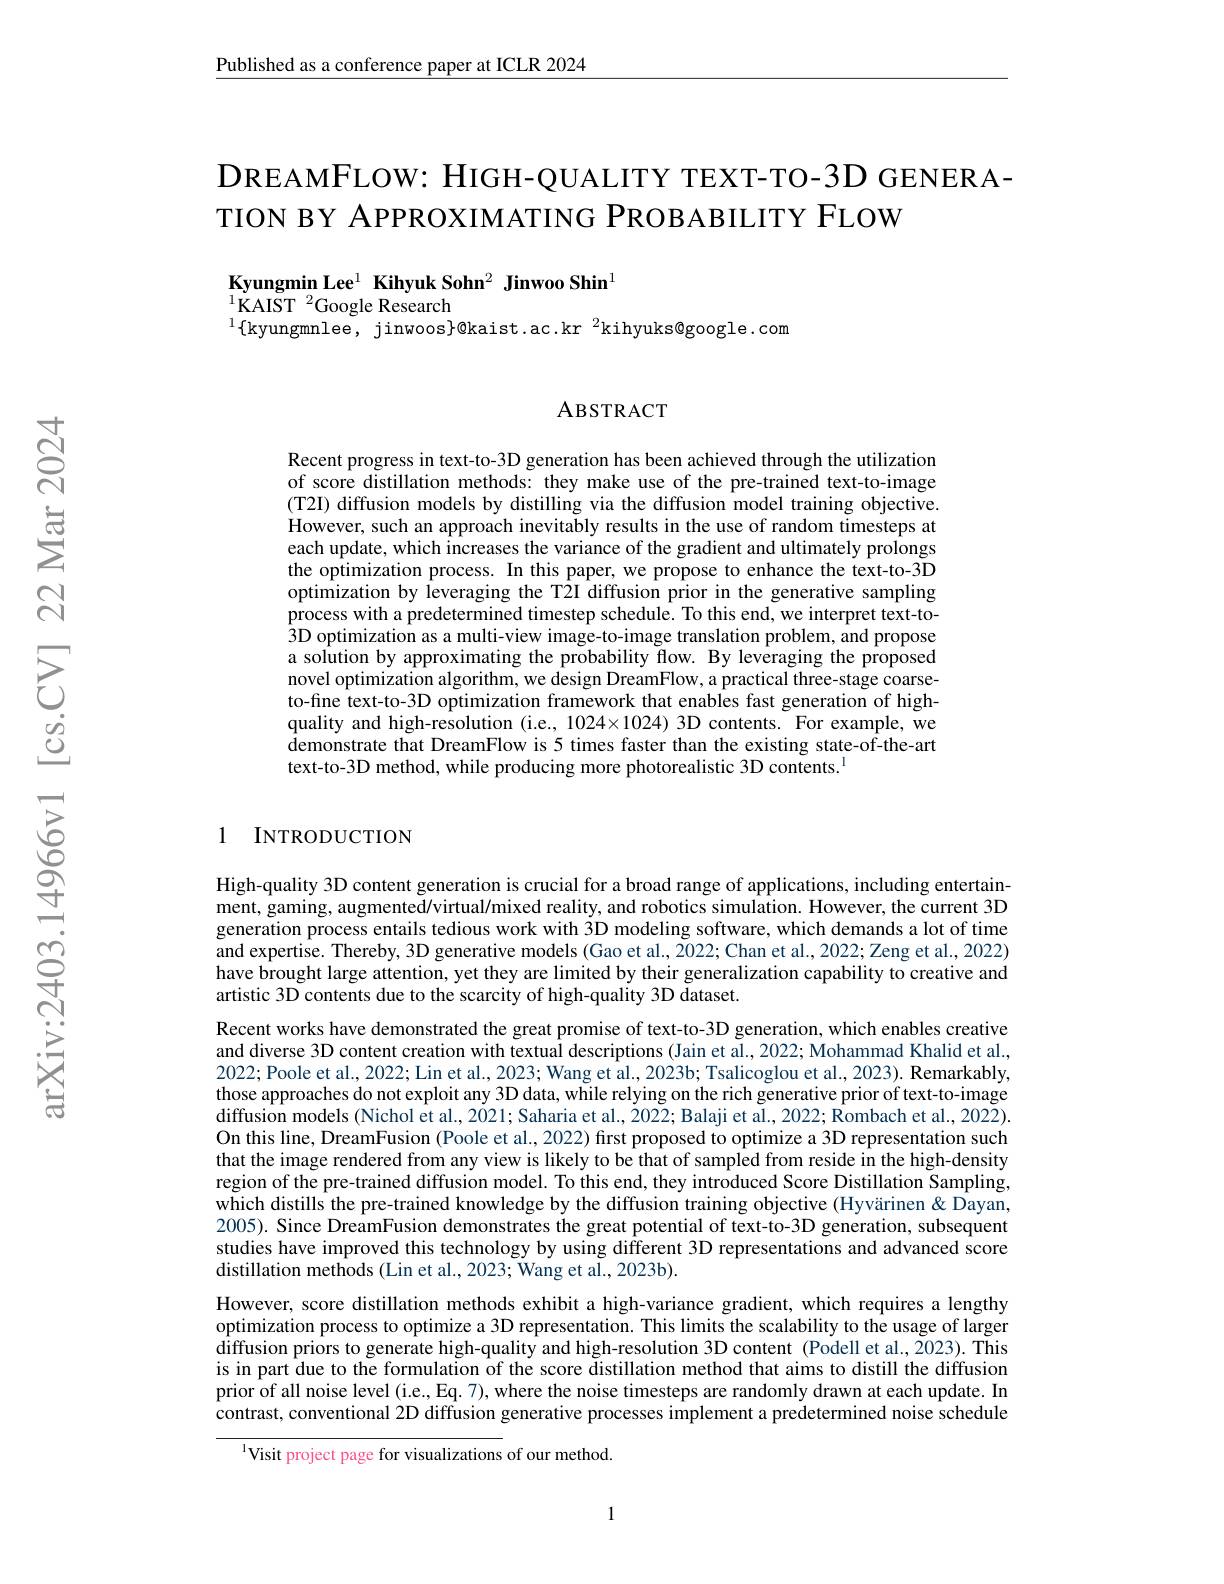
Published as a conference paper at ICLR 2024

DREAMFLOW: HIGH- QUALITY TEXT- TO- 3D GENERA-
TION BY APPROXIMATING PROBABILITY FLOW

Kyungmin Lee$^1\textbf{ Kihyuk Sohn}^2\textbf{ Jinwoo Shin}^1$
$^{1}\bar{\mathrm{KAIST}}^{2}$Google Research
$^{1}\{$kyungmnlee, jinwoos$\}@$kaist.ac.kr$^2$kihyuks@google.com

ABSTRACT

Recent progress in text-to-3D generation has been achieved through the utilization of score distillation methods: they make use of the pre-trained text-to-image (T2I) diffusion models by distilling via the diffusion model training objective. However, such an approach inevitably results in the use of random timesteps at each update, which increases the variance of the gradient and ultimately prolongs the optimization process. In this paper, we propose to enhance the text-to-3D optimization by leveraging the T2I diffusion prior in the generative sampling $\hat{\text{process with a predetermined timestep schedule. To this end, we interpret text-to-}}$ $\hat{3}$D optimization as a multi-view image-to-image translation problem, and propose a solution by approximating the probability flow. By leveraging the proposed novel optimization algorithm, we design DreamFlow, a practical three-stage coarseto-fine text-to-3D optimization framework that enables fast generation of highquality and high-resolution (i.e., 1024×1024) 3D contents. For example, we $\dot{\text{demonstrate that DreamFlow is 5 times faster than the existing state-of-the-art}}$ text-to-3D method, while producing more photorealistic 3D contents.$^{\mathrm{l}}$

## 1 INTRODUCTION

High-quality 3D content generation is crucial for a broad range of applications, including entertainment, gaming, augmented/virtual/mixed reality, and robotics simulation. However, the current 3D generation process entails tedious work with 3D modeling software, which demands a lot of time and expertise. Thereby, 3D generative models (Gao et al., 2022; Chan et al., 2022; Zeng et al., 2022) have brought large attention, yet they are limited by their generalization capability to creative and artistic 3D contents due to the scarcity of high-quality 3D dataset.
Recent works have demonstrated the great promise of text-to-3D generation, which enables creative and diverse 3D content creation with textual descriptions (Jain et al., 2022; Mohammad Khalid et al., 2022; Poole et al., 2022; Lin et al., 2023; Wang et al., 2023b; Tsalicoglou et al., 2023). Remarkably, those approaches do not exploit any 3D data, while relying on the rich generative prior of text-to-image diffusion models (Nichol et al., 2021; Saharia et al., 2022; Balaji et al., 2022; Rombach et al., 2022). On this line, DreamFusion (Poole et al., 2022) first proposed to optimize a 3D representation such that the image rendered from any view is likely to be that of sampled from reside in the high-density region of the pre-trained diffusion model. To this end, they introduced Score Distillation Sampling, which distills the pre-trained knowledge by the diffusion training objective (Hyvärinen&Dayan, 2005). Since DreamFusion demonstrates the great potential of text-to-3D generation, subsequent studies have improved this technology by using different 3D representations and advanced score distillation methods (Lin et al., 2023; Wang et al., 2023b).
However, score distillation methods exhibit a high-variance gradient, which requires a lengthy optimization process to optimize a 3D representation. This limits the scalability to the usage of larger $\hat{\text{diffusion priors to generate high-quality and high-resolution 3D content (Podell et al,2023).This}}$ is in part due to the formulation of the score distillation method that aims to distill the diffusion prior of all noise level (i.e., Eq. 7), where the noise timesteps are randomly drawn at each update. In contrast, conventional 2D diffusion generative processes implement a predetermined noise schedule

$^{1}$Visit project page for visualizations of our method.

1